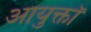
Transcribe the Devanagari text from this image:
आयुक्तॉ